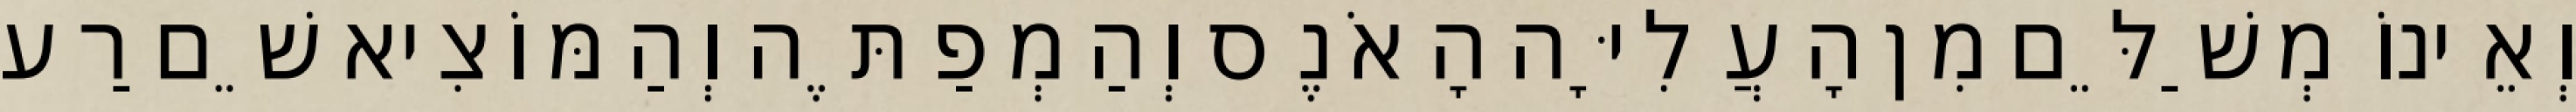
וְאֵינוֹ מְשַׁלֵּם מִן הָעֲלִיָּה הָאֹנֶס וְהַמְפַתֶּה וְהַמּוֹצִיא שֵׁם רַע